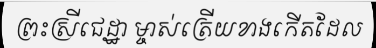
ព្រះស្រីជេដ្ឋា ម្ចាស់ត្រើយខាងកើតដែល